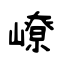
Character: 嶛